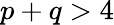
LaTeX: p+q>4